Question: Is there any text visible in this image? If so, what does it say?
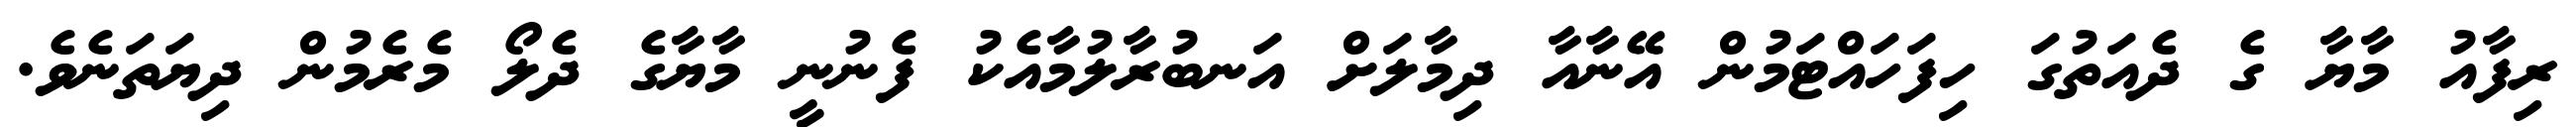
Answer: ރިފާއު މާޔާ ގެ ދެއަތުގަ ހިފަހައްޓަމުން އޭނާއާ ދިމާލަށް އަނބުރާލުމާއެކު ފެނުނީ މާޔާގެ ދެލޯ މެރެމުން ދިޔަތަނެވެ.